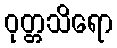
ဝုတ္တသိရော